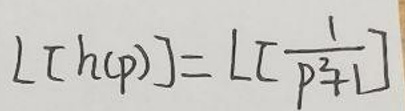
$L [ h ( p ) ] = L [ \frac { 1 } { p ^ { 2 } + 1 } ]$